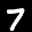
Label: 7